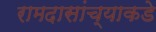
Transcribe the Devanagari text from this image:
रामदासांच्याकडे